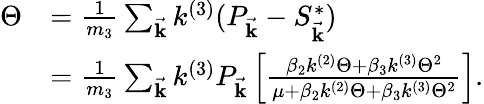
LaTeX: \begin{array}{rl}{\Theta}&{=\frac{1}{m_{3}}\sum_{\vec{\mathbf{k}}}k^{(3)}(P_{\vec{\mathbf{k}}}-S_{\vec{\mathbf{k}}}^{*})}\\ &{=\frac{1}{m_{3}}\sum_{\vec{\mathbf{k}}}k^{(3)}P_{\vec{\mathbf{k}}}\left[\frac{\beta_{2}k^{(2)}\Theta+\beta_{3}k^{(3)}\Theta^{2}}{\mu+\beta_{2}k^{(2)}\Theta+\beta_{3}k^{(3)}\Theta^{2}}\right].}\end{array}